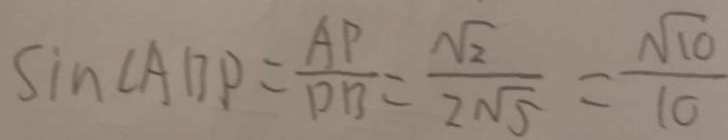
\sin \angle A B P = \frac { A P } { D B } = \frac { \sqrt { 2 } } { 2 \sqrt { 5 } } = \frac { \sqrt { 1 0 } } { 1 0 }